Kloostri_vallavalitsus, lk 24
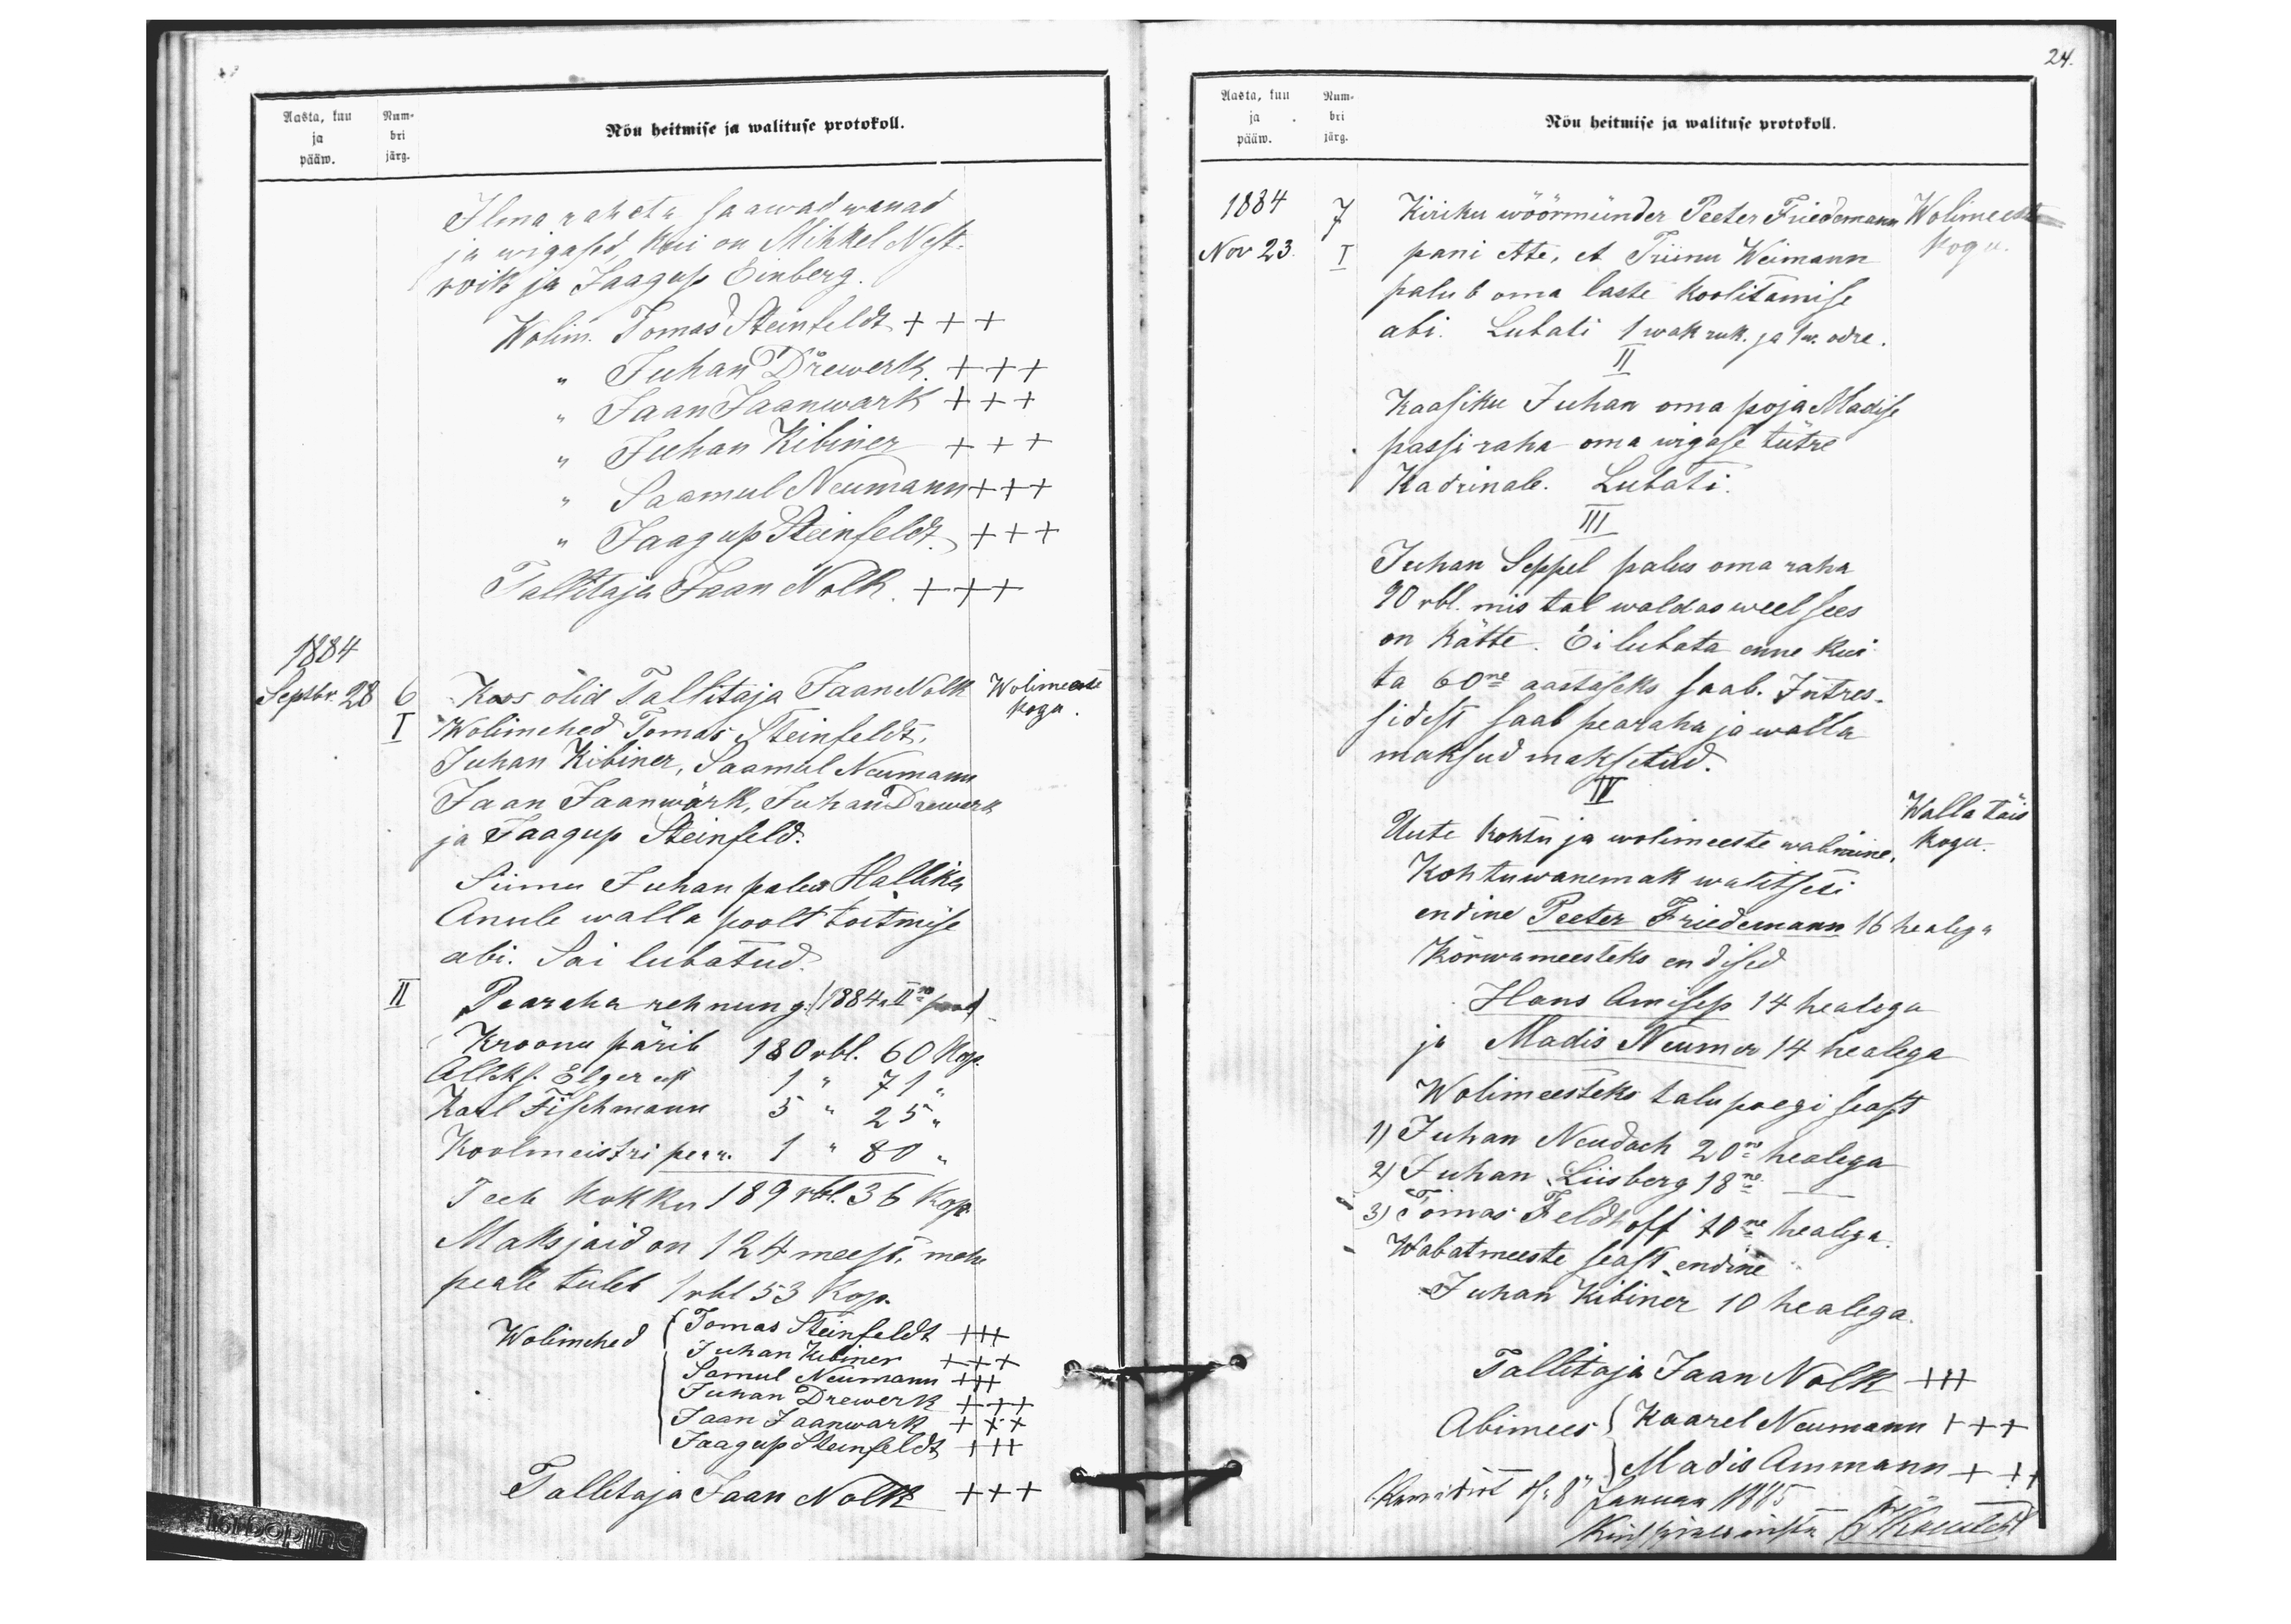
Aasta, kuu Num-
Nõu heitmise ja walituse protokoll.
ja bri
pääw. järg.
Ilma rahata saawad wanad
ja wigased, kui on Mihkel Nest-
roik ja Jaagup Einberg.
Wolim. Tomas Steinfeldt +++
" Juhan Drewerk +++
" Jaan Jaanwark +++
" Juhan Kibiner +++
" Saamul Neumann +++
" Jaagup Steinfeldt +++
Tallitaja Jaan Nolk +++
1884
Septbr. 28
6 Koos olid Tallitaja Jaan Nolk
Wolimeeste
I Wolimehed Tomas Steinfeldt,
kogu
Juhan Kibiner, Saamal Neumann
Jaan Jaanwärk, Juhan Drewerk
ja Jaagup Steinfeld.
Siimu Juhan palus Hallika
Anule walla poolt toitmise
abi. Sai lubatud.
II Pearaha rehnung: (1884 a llne pool)
Kroonu pärib 180 rbl. 60 kop.
Alleks. Elger eest 1 " 71 "
Karl Fischmann 5" 25 "
Koolmeistri pear. 1 " 80 "
Teeb kokku 189 rbl. 36 kop.
Maksjaid on 124 meest, mehe
peale tuleb 1 rbl 53 Kop.
Wolimehed:
(Tomas Steinfeldt +++
Juhan Kibiner +++
Samul Neumann +++
Juhan Drewerk +++
Jaan Jaanwark +xx
Jaagup Steinfeldt +++
Tallitaja Jaan Nolk +++

24.
Aasta, kuu Num-
ja bri
pääw. järg.
Nõu heitmise ja walituse protokoll.
1884
7 Kiriku wöörmünder Peeter Friedmann
Wolimeeste
Nov 23.
I pani ette, et Triinu Weimann
kogu.
palub oma laste koolitamise
abi. Lubati 1 wak ruk. ja 1 w. odre.
II
Kaasiku Juhan oma poja Madise
passi raha oma wigase tütre
Kadrinale. Lubati.
III
Juhan Seppel palus oma raha
90 rbl. mis tal waldas weel sees
on kätte. Ei lubata enne kui
ta 60ne aastaseks saab. Intres-
sidest saab pearaha ja walla
maksud maksetud.
IV.
Walla täis
Uute kohtu ja wolimeeste walimine.
kogu
Kohtuwanemak walitseti
endine Peeter Friedemann 16 healega
Kõrwameesteks endised
Hans Amisep 14 healega
ja Madis Neumer 14 healega
Wolimeesteks talu poegi seast
1) Juhan Neudach 20ne healega
2) Juhan Liisberg 18ne ------
3) Tomas Feldhoff 10ne healega
Wabatmeeste seast endine
Juhan Kibiner 10 healega
Tallitaja Jaan Nolk +++
Abimees Kaarel Neumann +++
Madis Ammann +++
Revidiret N: 8 Januar 1885 -------
Kirchspielsrichter 6) Kukutest